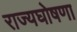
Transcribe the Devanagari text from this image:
राज्यघोषणा